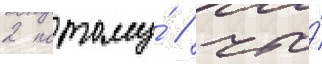
2 потому́ / что́